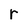
Character: r